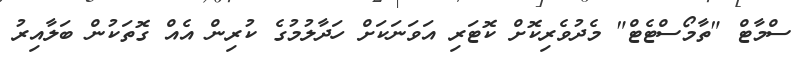
ސްމާޓް "ތާމޯސްޓެޓް" މެދުވެރިކޮށް ކޮޓަރި އަވަނަކަށް ހަދާލުމުގެ ކުރިން އެއް ގޮތަކުން ބަލާއިރު